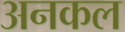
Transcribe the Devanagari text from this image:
अनकल